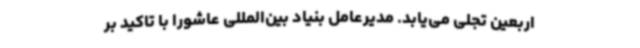
اربعین تجلی می‌یابد. مدیرعامل بنیاد بین‌المللی عاشورا با تاکید بر